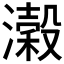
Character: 濲